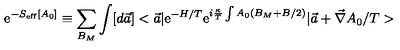
\mathrm { e } ^ { - S _ { \mathrm { e f f } } [ A _ { 0 } ] } \equiv \sum _ { B _ { M } } \int [ d \vec { a } ] < \vec { a } \vert \mathrm { e } ^ { - H / T } \mathrm { e } ^ { i \frac { \kappa } { T } \int A _ { 0 } ( B _ { M } + B / 2 ) } \vert \vec { a } + \vec { \nabla } A _ { 0 } / T >